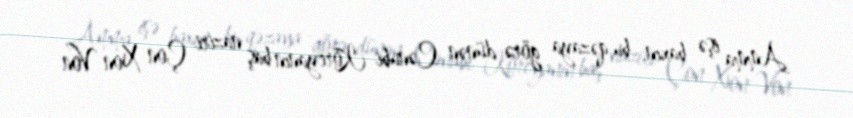
Amma işə baxın, bu qəzaya görə dünən Cənubi Koreyanın baş naziri Çon Xon Von